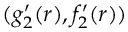
( g _ { 2 } ^ { \prime } ( r ) , f _ { 2 } ^ { \prime } ( r ) )